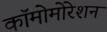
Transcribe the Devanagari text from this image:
कॉमोमोरेशन